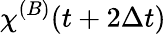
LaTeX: {\chi\smash[t]{\mathstrut}}^{(B)}(t+2\Delta t)